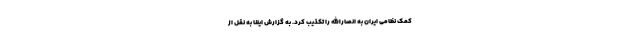
کمک نظامی ایران به انصارالله را تکذیب کرد. به گزارش ایلنا به نقل از